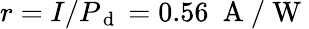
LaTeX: r=I/P_{\mathrm{~d~}}=0.56~\mathrm{~A~/~W~}